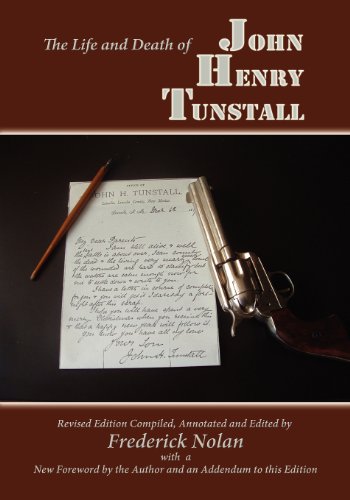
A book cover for The Life and Death of John Henry Tunstall (Southwest Heritage); Frederick Nolan; Biographies & Memoirs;